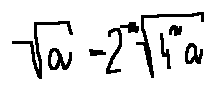
\sqrt { a } = 2 ^ { - n } \sqrt { 4 ^ { n } a }